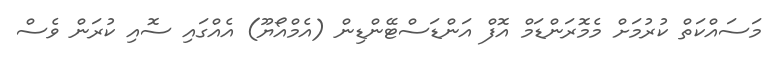
މަސައްކަތް ކުރުމަށް މެމޮރަންޑަމް އޮފް އަންޑަސްޓޭންޑިން (އެމްއޯޔޫ) އެއްގައި ސޮއި ކުރަން ވެސް